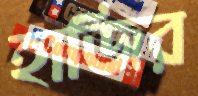
হাজির